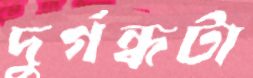
দুর্গন্ধটা